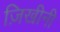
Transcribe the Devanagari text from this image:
ज़िखीनी